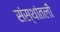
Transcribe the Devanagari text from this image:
संस्थांतली